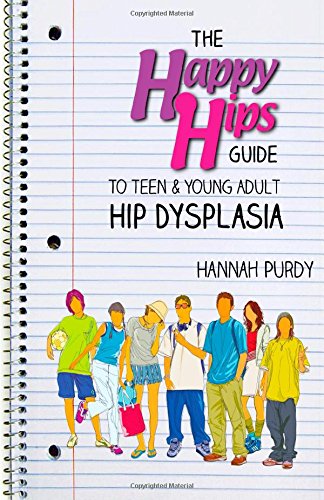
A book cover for The Happy Hips Guide To Teen & Young Adult Hip Dysplasia; Hannah Purdy; Health, Fitness & Dieting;